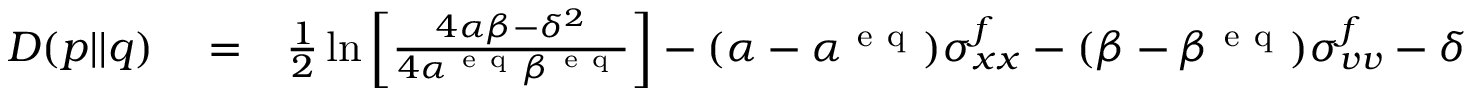
\begin{array} { r l r } { D ( p | | q ) } & { { } = } & { \frac { 1 } { 2 } \ln \left[ \frac { 4 \alpha \beta - \delta ^ { 2 } } { 4 \alpha ^ { \mathrm { ~ e ~ q ~ } } \beta ^ { \mathrm { ~ e ~ q ~ } } } \right] - ( \alpha - \alpha ^ { \mathrm { ~ e ~ q ~ } } ) \sigma _ { x x } ^ { f } - ( \beta - \beta ^ { \mathrm { ~ e ~ q ~ } } ) \sigma _ { v v } ^ { f } - \delta \sigma _ { x v } ^ { f } \, , } \end{array}